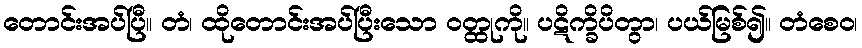
တောင်းအပ်ပြီ။ တံ၊ ထိုတောင်းအပ်ပြီးသော ဝတ္ထုကို။ ပဋိက္ခိပိတွာ၊ ပယ်မြစ်၍။ တံစေဝ၊